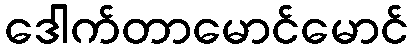
ဒေါက်တာမောင်မောင်